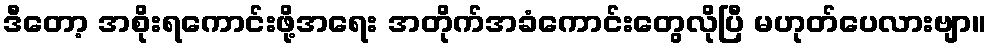
ဒီတော့ အစိုးရကောင်းဖို့အရေး အတိုက်အခံကောင်းတွေလိုပြီ မဟုတ်ပေလားဗျာ။